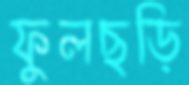
ফুলছড়ি